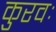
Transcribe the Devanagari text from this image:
कुरवः